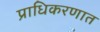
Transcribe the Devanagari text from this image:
प्राधिकरणात